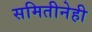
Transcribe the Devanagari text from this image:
समितीनेही